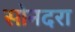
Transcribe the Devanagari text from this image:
सोनदरा